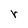
Character: r